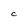
Character: c